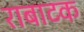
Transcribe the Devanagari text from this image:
राबाटक